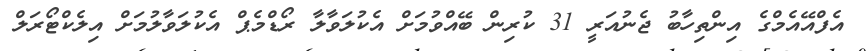
އެފްއޭއެމްގެ އިންތިހާބު ޖެނުއަރީ 31 ކުރިން ބޭއްވުމަށް އެކުލަވާލާ ރޯޑްމެޕް އެކުލަވާލުމަށް އިލެކްޓޯރަލް